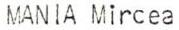
MANIA Mircea